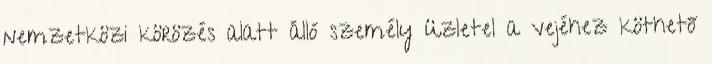
nemzetközi körözés alatt álló személy üzletel a vejéhez köthető